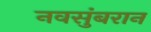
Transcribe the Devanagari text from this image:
नवसुंबरान